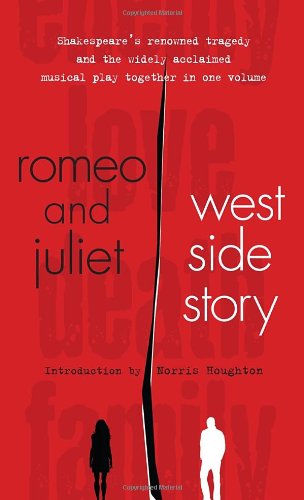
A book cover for Romeo and Juliet and West Side Story; Literature & Fiction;